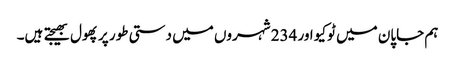
ہم جاپان میں ٹوکیو اور 234 شہروں میں دستی طور پر پھول بھیجتے ہیں۔